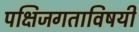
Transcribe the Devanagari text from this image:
पक्षिजगताविषयी